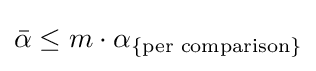
{\bar {\alpha }}\leq m\cdot \alpha _{\{{\text{per comparison}}\}}